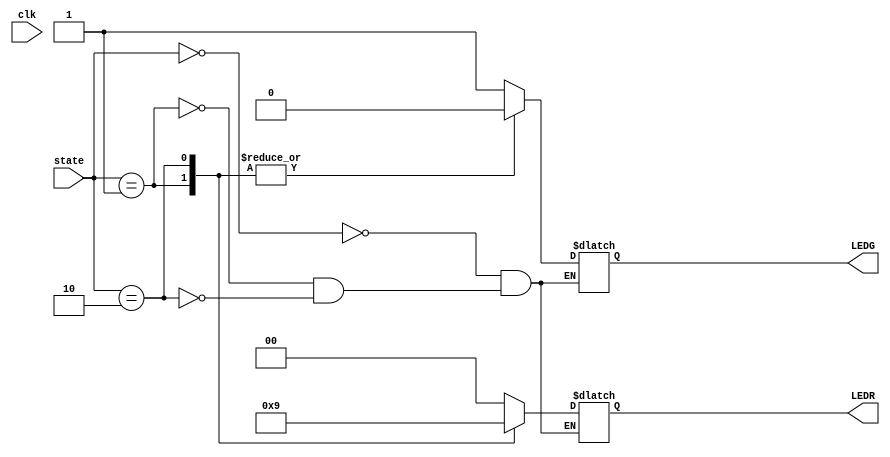
module LED_state
(
	input	clk,
	input [2:0]state,
	output reg [0:0] LEDG,
	output reg [1:0] LEDR
);

parameter S0 = 0, S1 = 1, S2 = 2;

always @(state)
begin 
	case (state)
		S0: //GREEN
			begin
				LEDG=1'b1;
				LEDR=2'b0;
			end	
			
		S1: //YELLOW
			begin
				LEDG=1'b0;
				LEDR=2'b10;
			end	
			
		S2: //RED
			begin
				LEDG=1'b0;
				LEDR=2'b01;
			end	
			
		endcase		
end
	
	
endmodule